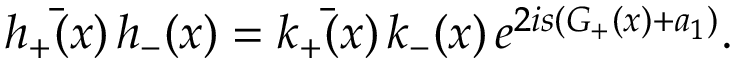
\bar { h _ { + } ( x ) } \, h _ { - } ( x ) = \bar { k _ { + } ( x ) } \, k _ { - } ( x ) \, e ^ { 2 i s ( G _ { + } ( x ) + a _ { 1 } ) } .